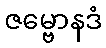
ဇမ္ဗောနဒံ